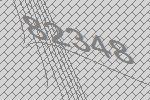
82348